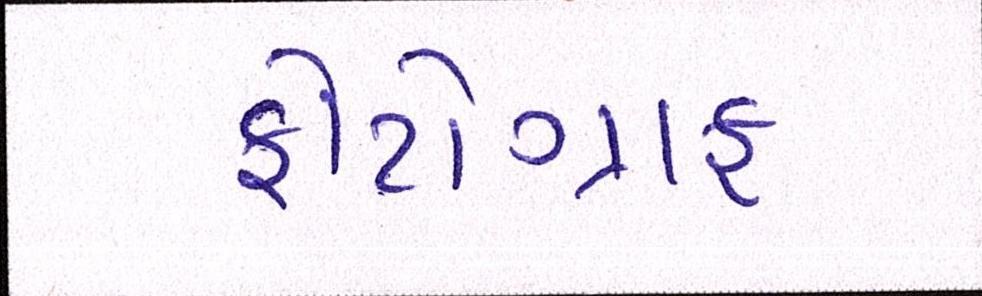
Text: ફોટોગ્રાફ